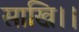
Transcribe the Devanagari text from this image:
साखि।।